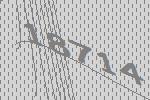
18714